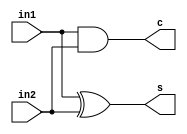
`timescale 1ns / 1ps
//////////////////////////////////////////////////////////////////////////////////
// Company: 
// Engineer: 
// 
// Design Name: 
// Module Name: hamming_distance
// Project Name: 
// Target Devices: 
// Tool Versions: 
// Description: 
// 
// Dependencies: 
// 
// Revision:
// Revision 0.01 - File Created
// Additional Comments:
// 
//////////////////////////////////////////////////////////////////////////////////

module HA(in1,in2,s,c);
    input in1,in2;
    output s,c;
    assign s = in1^in2;
    assign c = in1&in2;
endmodule

module FA(IN1,IN2,cin,S,C);
    input IN1,IN2,cin;
    output S,C;
    
    assign  S = IN1^IN2^cin;
    assign  C = IN1&IN2 | IN2&cin | IN1&cin;

endmodule


module hamming_distance(a,b,op);
    input [7:0] a,b;
    output [3:0] op;
    
    wire [7:0] in = a^b;
    wire [10:0] sum;
    wire [10:0] carry;
    HA h0(in[0],in[1],sum[0],carry[0]);
    HA h1(in[2],in[3],sum[1],carry[1]);
    HA h2(in[4],in[5],sum[2],carry[2]);
    HA h3(in[6],in[7],sum[3],carry[3]);
    
    HA h4(sum[0],sum[1],sum[4],carry[4]);
    HA h5(carry[0],carry[1],sum[5],carry[5]);
    HA h6(sum[2],sum[3],sum[6],carry[6]);
    HA h7(carry[2],carry[3],sum[7],carry[7]);
    
    wire x = carry[4]|sum[5];
    wire y = carry[6]|sum[7];
    
    HA h8(sum[4],sum[6],sum[8],carry[8]);
    FA f0(x,y,carry[8],sum[9],carry[9]);
    FA f1(carry[5],carry[7],carry[9],sum[10],carry[10]);
    
    assign op[0] = sum[8];
    assign op[1] = sum[9];
    assign op[2] = sum[10];
    assign op[3] = carry[10];  
endmodule